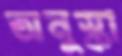
অনুস্কা